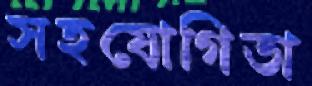
সহযোগিতা